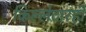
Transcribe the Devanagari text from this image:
किल्लेदारही